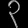
Digit: ၃